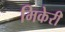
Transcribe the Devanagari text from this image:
मिकेरी